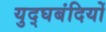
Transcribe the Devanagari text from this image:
युद्घबंदियों